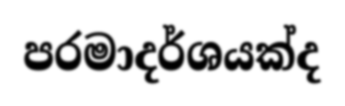
පරමාදර්ශයක්ද